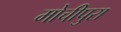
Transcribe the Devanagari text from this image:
मोचीपुरा